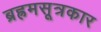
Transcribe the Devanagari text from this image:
ब्रह्रमसूत्रकार